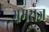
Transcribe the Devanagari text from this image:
भ्रमराज